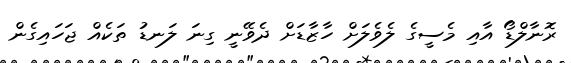
ރޮނާލްޑޯ އާއި މެސީގެ ލެވެލަށް ހާޒާޑަށް ދެވޭނީ ގިނަ ލަނޑު ތަކެއް ޖަހައިގެން